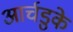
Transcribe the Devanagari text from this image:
आर्चडुके